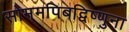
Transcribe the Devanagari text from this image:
सोममपिबद्विष्णुना